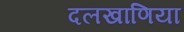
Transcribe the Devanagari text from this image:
दलखाणिया